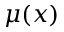
\mu ( x )